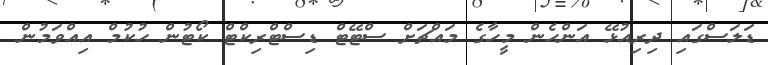
ޑަލަސްގައި ދިރިއުޅޭ އަންހެން މީހާގެ މައްޗަށް ސްޓޭޓް ޑިސްޓްރިކްޓް ކޯޓުން ހުކުމް އިއްވަމުން